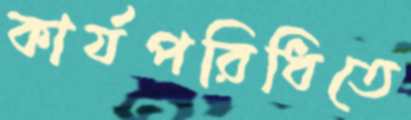
কার্যপরিধিতে